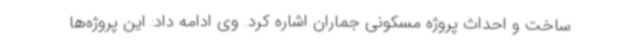
ساخت و احداث پروژه مسکونی جماران اشاره کرد. وی ادامه داد: این پروژه‌ها